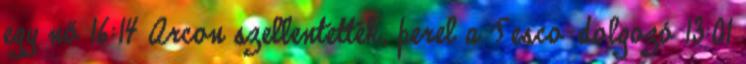
egy nő 16:14 Arcon szellentették, perel a Tesco-dolgozó 13:01